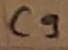
Text: C9